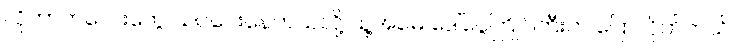
လိုတာကလေးတွေ သင်ပေးနေတယ်လို့ သူ့အမေ ဒေါ်ငွေကြိုင်ကြီးက ပြောလိုက်တယ်